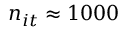
n _ { i t } \approx 1 0 0 0